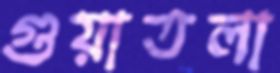
গুয়াতলা